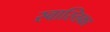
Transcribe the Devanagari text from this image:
स्वास्तिका